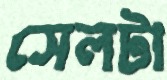
সেলটা